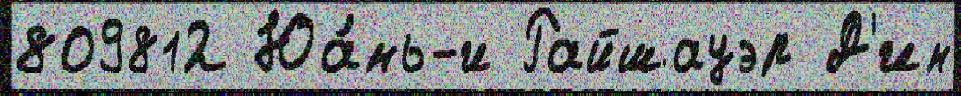
809812 Юа́нь-и Райшауэр Д'ин